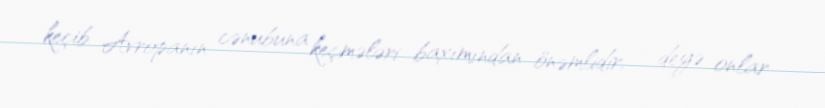
keçib Avropanın cənubuna keçmələri baxımından önəmlidir, - deyə onlar